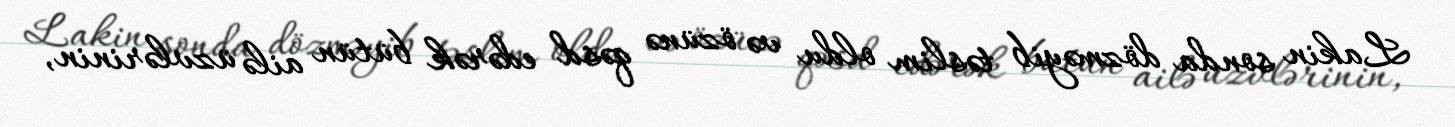
Lakin sonda dözməyib təslim oldu və özünə qəsd edərək bütün ailə üzvlərinin,